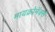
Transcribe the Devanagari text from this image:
मायक्रोमॅक्स